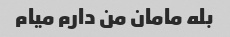
بله مامان من دارم میام